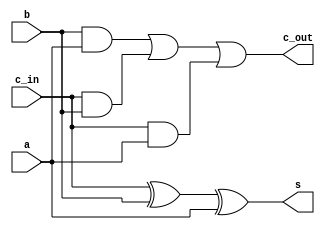


module FA(a, b, c_in, s, c_out);
	input a, b, c_in;
	output s, c_out;
	
	assign s = c_in ^ b ^ a; // ^: XOR
	assign c_out = (b&a) | (c_in&b) | (c_in&a);

endmodule


module four_bit_ripple(a, b, c_in, s, c_out);
	input[3:0] a,b;
	input c_in;
	output [3:0] s;
	output c_out;
	wire c1, c2, c3;
	
	FA FA0(a[0], b[0], c_in, s[0], c1);
	FA FA1(a[1], b[1], c1, s[1], c2);
	FA FA2(a[2], b[2], c2, s[2], c3);
	FA FA3(a[3], b[3], c3, s[3], c_out);

endmodule


module Lab3_Part2(SW, LEDR);
	input[9:0] SW;
	output[9:0] LEDR;
	
	four_bit_ripple U1(.a(SW[7:4]),
						 .b(SW[3:0]),
						 .c_in(SW[8]),
			    		 .s(LEDR[3:0]),
						 .c_out(LEDR[9]));
		  
endmodule